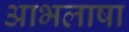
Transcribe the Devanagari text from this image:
आभलाषा